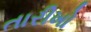
તારીખો